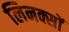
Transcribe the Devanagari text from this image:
लिनक्सों